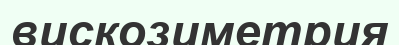
вискозиметрия